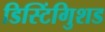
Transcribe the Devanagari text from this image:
डिस्टिंगुिशड